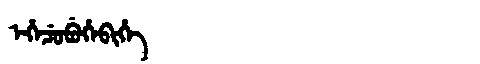
Manchu: ᡝᡥᡝᠴᡠᠪᡠᡥᡝᠪᡳᡥᡝ
Romanization: EHECUBUHEBIHE